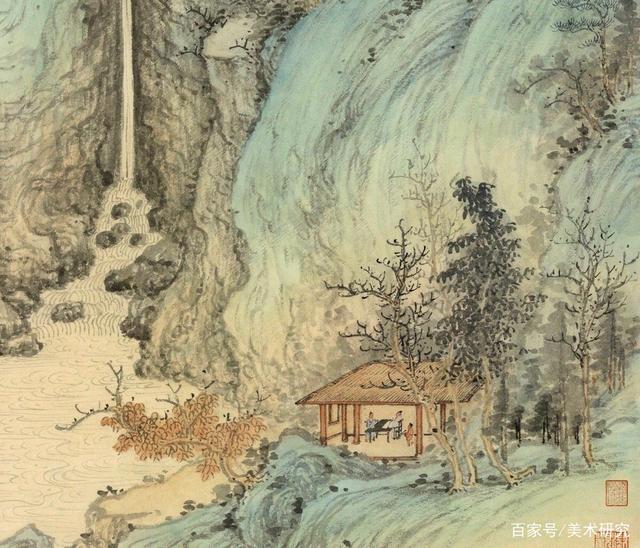
十年无梦得还家，独立青峰野水涯。